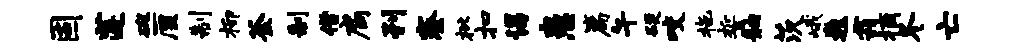
固莲碗厘制柳釜制借扃刊寮枇扣谒患篇午硬咬拖誓舳茨峨巍霜摘冬亡